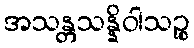
အသန္တသန္နိဝါသဉ္စ